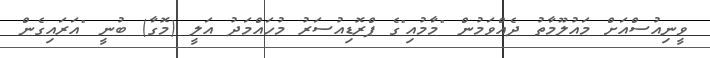
ވީނިއުސްއަށް މައުލޫމާތު ދެއްވަމުން "މާމުއި"ގެ ޕްރޮޑިއުސަރު މުހައްމަދު އަލީ (މޮގާ) ބުނީ "އަރައިގެން